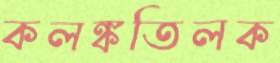
কলঙ্কতিলক